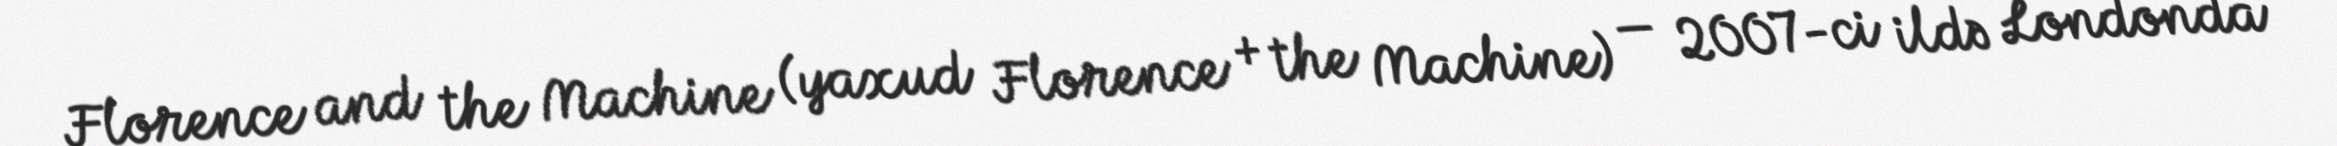
Florence and the Machine (yaxud Florence + the Machine) — 2007-ci ildə Londonda